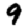
Digit: 9